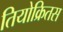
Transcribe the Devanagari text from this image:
तियोक्रितस